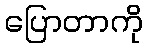
ပြောတာကို